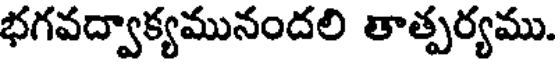
భగవద్వాక్యమునందలి తాత్పర్యము.